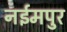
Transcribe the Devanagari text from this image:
नईमपुर